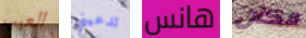
العيب تدعيني هانس مكان